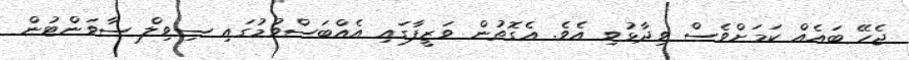
ޖެހޭ ބައެއް ކަމަށްވެސް ވިދާޅުވި އެވެ. އެގޮތުން ވަޒީފާގައި އެއްބަސްވުމުގައި ސިވިލް ސާވަންޓުން